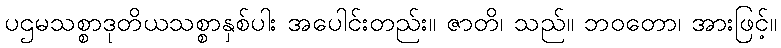
ပဌမသစ္စာဒုတိယသစ္စာနှစ်ပါး အပေါင်းတည်း။ ဇာတိ၊ သည်။ ဘဝတော၊ အားဖြင့်။